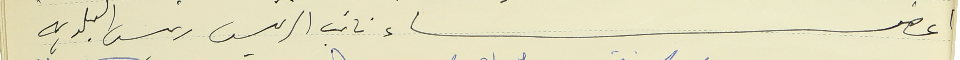
اعضاء  نائب الرئيس رئيس البلدية